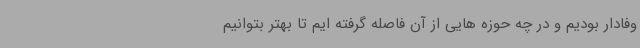
وفادار بودیم و در چه حوزه هایی از آن فاصله گرفته ایم تا بهتر بتوانیم